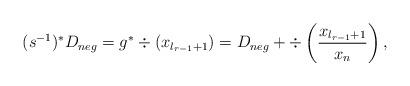
LaTeX: \begin{align*}(s^{-1})^* D_{neg}=g^*\div (x_{l_{r-1}+1}) = D_{neg}+\div\left(\frac{x_{l_{r-1}+1}}{x_n}\right),\end{align*}